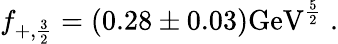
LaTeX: f_{+,{\frac{3}{2}}}=(0.28\pm 0.03)\mathrm{GeV}^{\frac{5}{2}}\; .